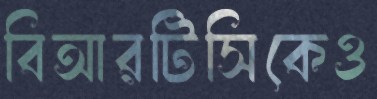
বিআরটিসিকেও